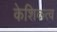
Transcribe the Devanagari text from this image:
केशिकत्व